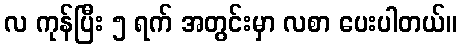
လ ကုန်ပြီး ၅ ရက် အတွင်းမှာ လစာ ပေးပါတယ်။